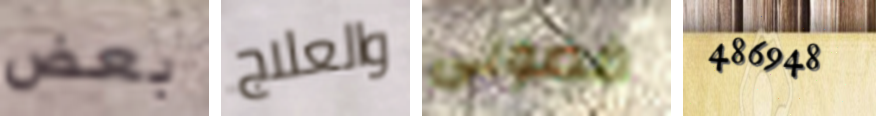
بعض والعلاج فضولى 486948